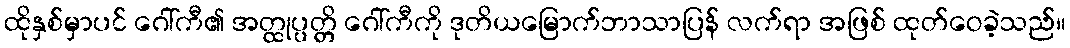
ထိုနှစ်မှာပင် ဂေါ်ကီ၏ အတ္ထုပ္ပတ္တိ ဂေါ်ကီကို ဒုတိယမြောက်ဘာသာပြန် လက်ရာ အဖြစ် ထုတ်ဝေခဲ့သည်။